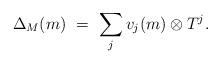
LaTeX: \begin{align*}\Delta_M(m) \ = \ \sum_j v_j(m) \otimes T^j.\end{align*}